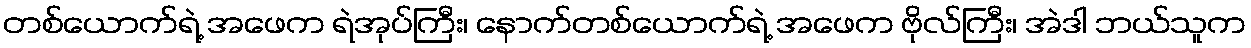
တစ်ယောက်ရဲ့ အဖေက ရဲအုပ်ကြီး၊ နောက်တစ်ယောက်ရဲ့ အဖေက ဗိုလ်ကြီး၊ အဲဒါ ဘယ်သူက